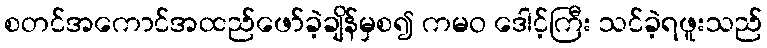
စတင်အကောင်အထည်ဖော်ခဲ့ချိန်မှစ၍ ကမဝ ဒေါင့်ကြီး သင်ခဲ့ရဖူးသည်